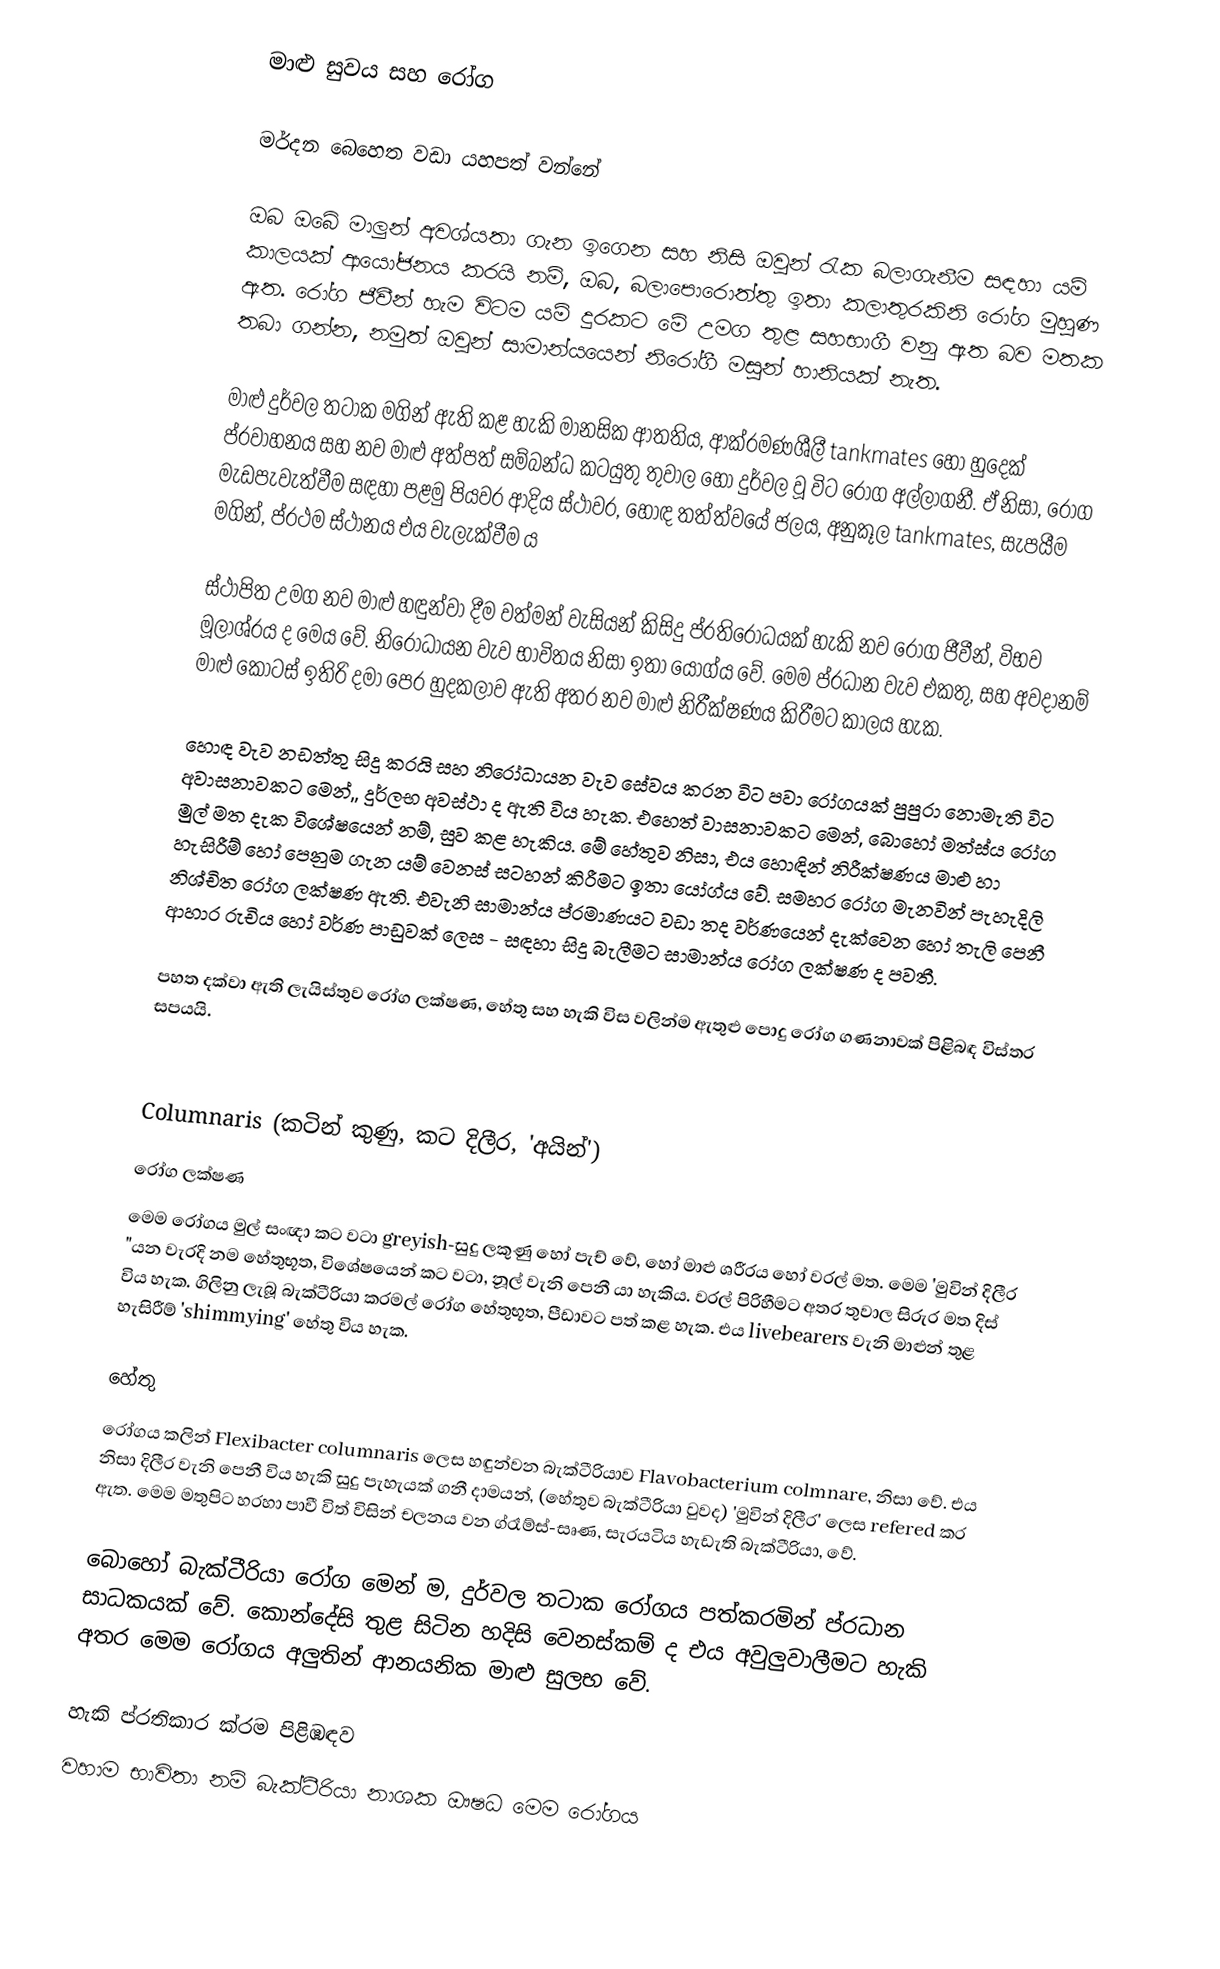
මාළු සුවය සහ රෝග

මර්දන බෙහෙත වඩා යහපත් වන්නේ

ඔබ ඔබේ මාලුන් අවශ්යතා ගැන ඉගෙන සහ නිසි ඔවුන් රැක බලාගැනීම සඳහා යම් කාලයක් ආයෝජනය කරයි නම්, ඔබ, බලාපොරොත්තු ඉතා කලාතුරකිනි රෝග මුහුණ ඇත. රෝග ජීවීන් හැම විටම යම් දුරකට මේ උමග තුළ සහභාගී වනු ඇත බව මතක තබා ගන්න, නමුත් ඔවුන් සාමාන්යයෙන් නිරෝගී මසුන් හානියක් නැත.

මාළු දුර්වල තටාක මගින් ඇති කළ හැකි මානසික ආතතිය, ආක්රමණශීලී tankmates හෝ හුදෙක් ප්රවාහනය සහ නව මාළු අත්පත් සම්බන්ධ කටයුතු තුවාල හෝ දුර්වල වූ විට රෝග අල්ලාගනී. ඒ නිසා, රෝග මැඩපැවැත්වීම සඳහා පළමු පියවර ආදිය ස්ථාවර, හොඳ තත්ත්වයේ ජලය, අනුකූල tankmates, සැපයීම මගින්, ප්රථම ස්ථානය එය වැලැක්වීම ය

ස්ථාපිත උමග නව මාළු හඳුන්වා දීම වත්මන් වැසියන් කිසිදු ප්රතිරෝධයක් හැකි නව රෝග ජීවීන්, විභව මූලාශ්රය ද මෙය වේ. නිරෝධායන වැව භාවිතය නිසා ඉතා යෝග්ය වේ. මෙම ප්රධාන වැව එකතු, සහ අවදානම් මාළු කොටස් ඉතිරි දමා පෙර හුදකලාව ඇති අතර නව මාළු නිරීක්ෂණය කිරීමට කාලය හැක.

හොඳ වැව නඩත්තු සිදු කරයි සහ නිරෝධායන වැව සේවය කරන විට පවා රෝගයක් පුපුරා නොමැති විට අවාසනාවකට මෙන්,, දුර්ලභ අවස්ථා ද ඇති විය හැක. එහෙත් වාසනාවකට මෙන්, බොහෝ මත්ස්ය රෝග මුල් මත දැක විශේෂයෙන් නම්, සුව කළ හැකිය. මේ හේතුව නිසා, එය හොඳින් නිරීක්ෂණය මාළු හා හැසිරීම් හෝ පෙනුම ගැන යම් වෙනස් සටහන් කිරීමට ඉතා යෝග්ය වේ. සමහර රෝග මැනවින් පැහැදිලි නිශ්චිත රෝග ලක්ෂණ ඇති. එවැනි සාමාන්ය ප්රමාණයට වඩා තද වර්ණයෙන් දැක්වෙන හෝ තැලි පෙනී ආහාර රුචිය හෝ වර්ණ පාඩුවක් ලෙස - සඳහා සිදු බැලීමට සාමාන්ය රෝග ලක්ෂණ ද පවතී.

පහත දක්වා ඇති ලැයිස්තුව රෝග ලක්ෂණ, හේතු සහ හැකි විස වලින්ම ඇතුළු පොදු රෝග ගණනාවක් පිළිබඳ විස්තර සපයයි.

Columnaris (කටින් කුණු, කට දිලීර, 'අයින්')
රෝග ලක්ෂණ
මෙම රෝගය මුල් සංඥා කට වටා greyish-සුදු ලකුණු හෝ පැච් වේ, හෝ මාළු ශරීරය හෝ වරල් මත. මෙම 'මුවින් දිලීර "යන වැරදි නම හේතුභූත, විශේෂයෙන් කට වටා, නූල් වැනි පෙනී යා හැකිය. වරල් පිරිහීමට අතර තුවාල සිරුර මත දිස් විය හැක. ගිලිනු ලැබූ බැක්ටීරියා කරමල් රෝග හේතුභූත, පීඩාවට පත් කළ හැක. එය livebearers වැනි මාළුන් තුළ හැසිරීම් 'shimmying' හේතු විය හැක.

හේතු
රෝගය කලින් Flexibacter columnaris ලෙස හඳුන්වන බැක්ටීරියාව Flavobacterium colmnare, නිසා වේ. එය නිසා දිලීර වැනි පෙනී විය හැකි සුදු පැහැයක් ගනී දාමයන්, (හේතුව බැක්ටීරියා වුවද) 'මුවින් දිලීර' ලෙස refered කර ඇත. මෙම මතුපිට හරහා පාවී විත් විසින් චලනය වන ග්රෑම්ස්-සෘණ, සැරයටිය හැඩැති බැක්ටීරියා, වේ.

බොහෝ බැක්ටීරියා රෝග මෙන් ම, දුර්වල තටාක රෝගය පත්කරමින් ප්රධාන සාධකයක් වේ. කොන්දේසි තුළ සිටින හදිසි වෙනස්කම් ද එය අවුලුවාලීමට හැකි අතර මෙම රෝගය අලුතින් ආනයනික මාළු සුලභ වේ.

හැකි ප්රතිකාර ක්රම පිළිඹඳව
වහාම භාවිතා නම් බැක්ටීරියා නාශක ඖෂධ මෙම රෝගය